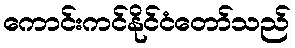
ကောင်းကင်နိုင်ငံတော်သည်